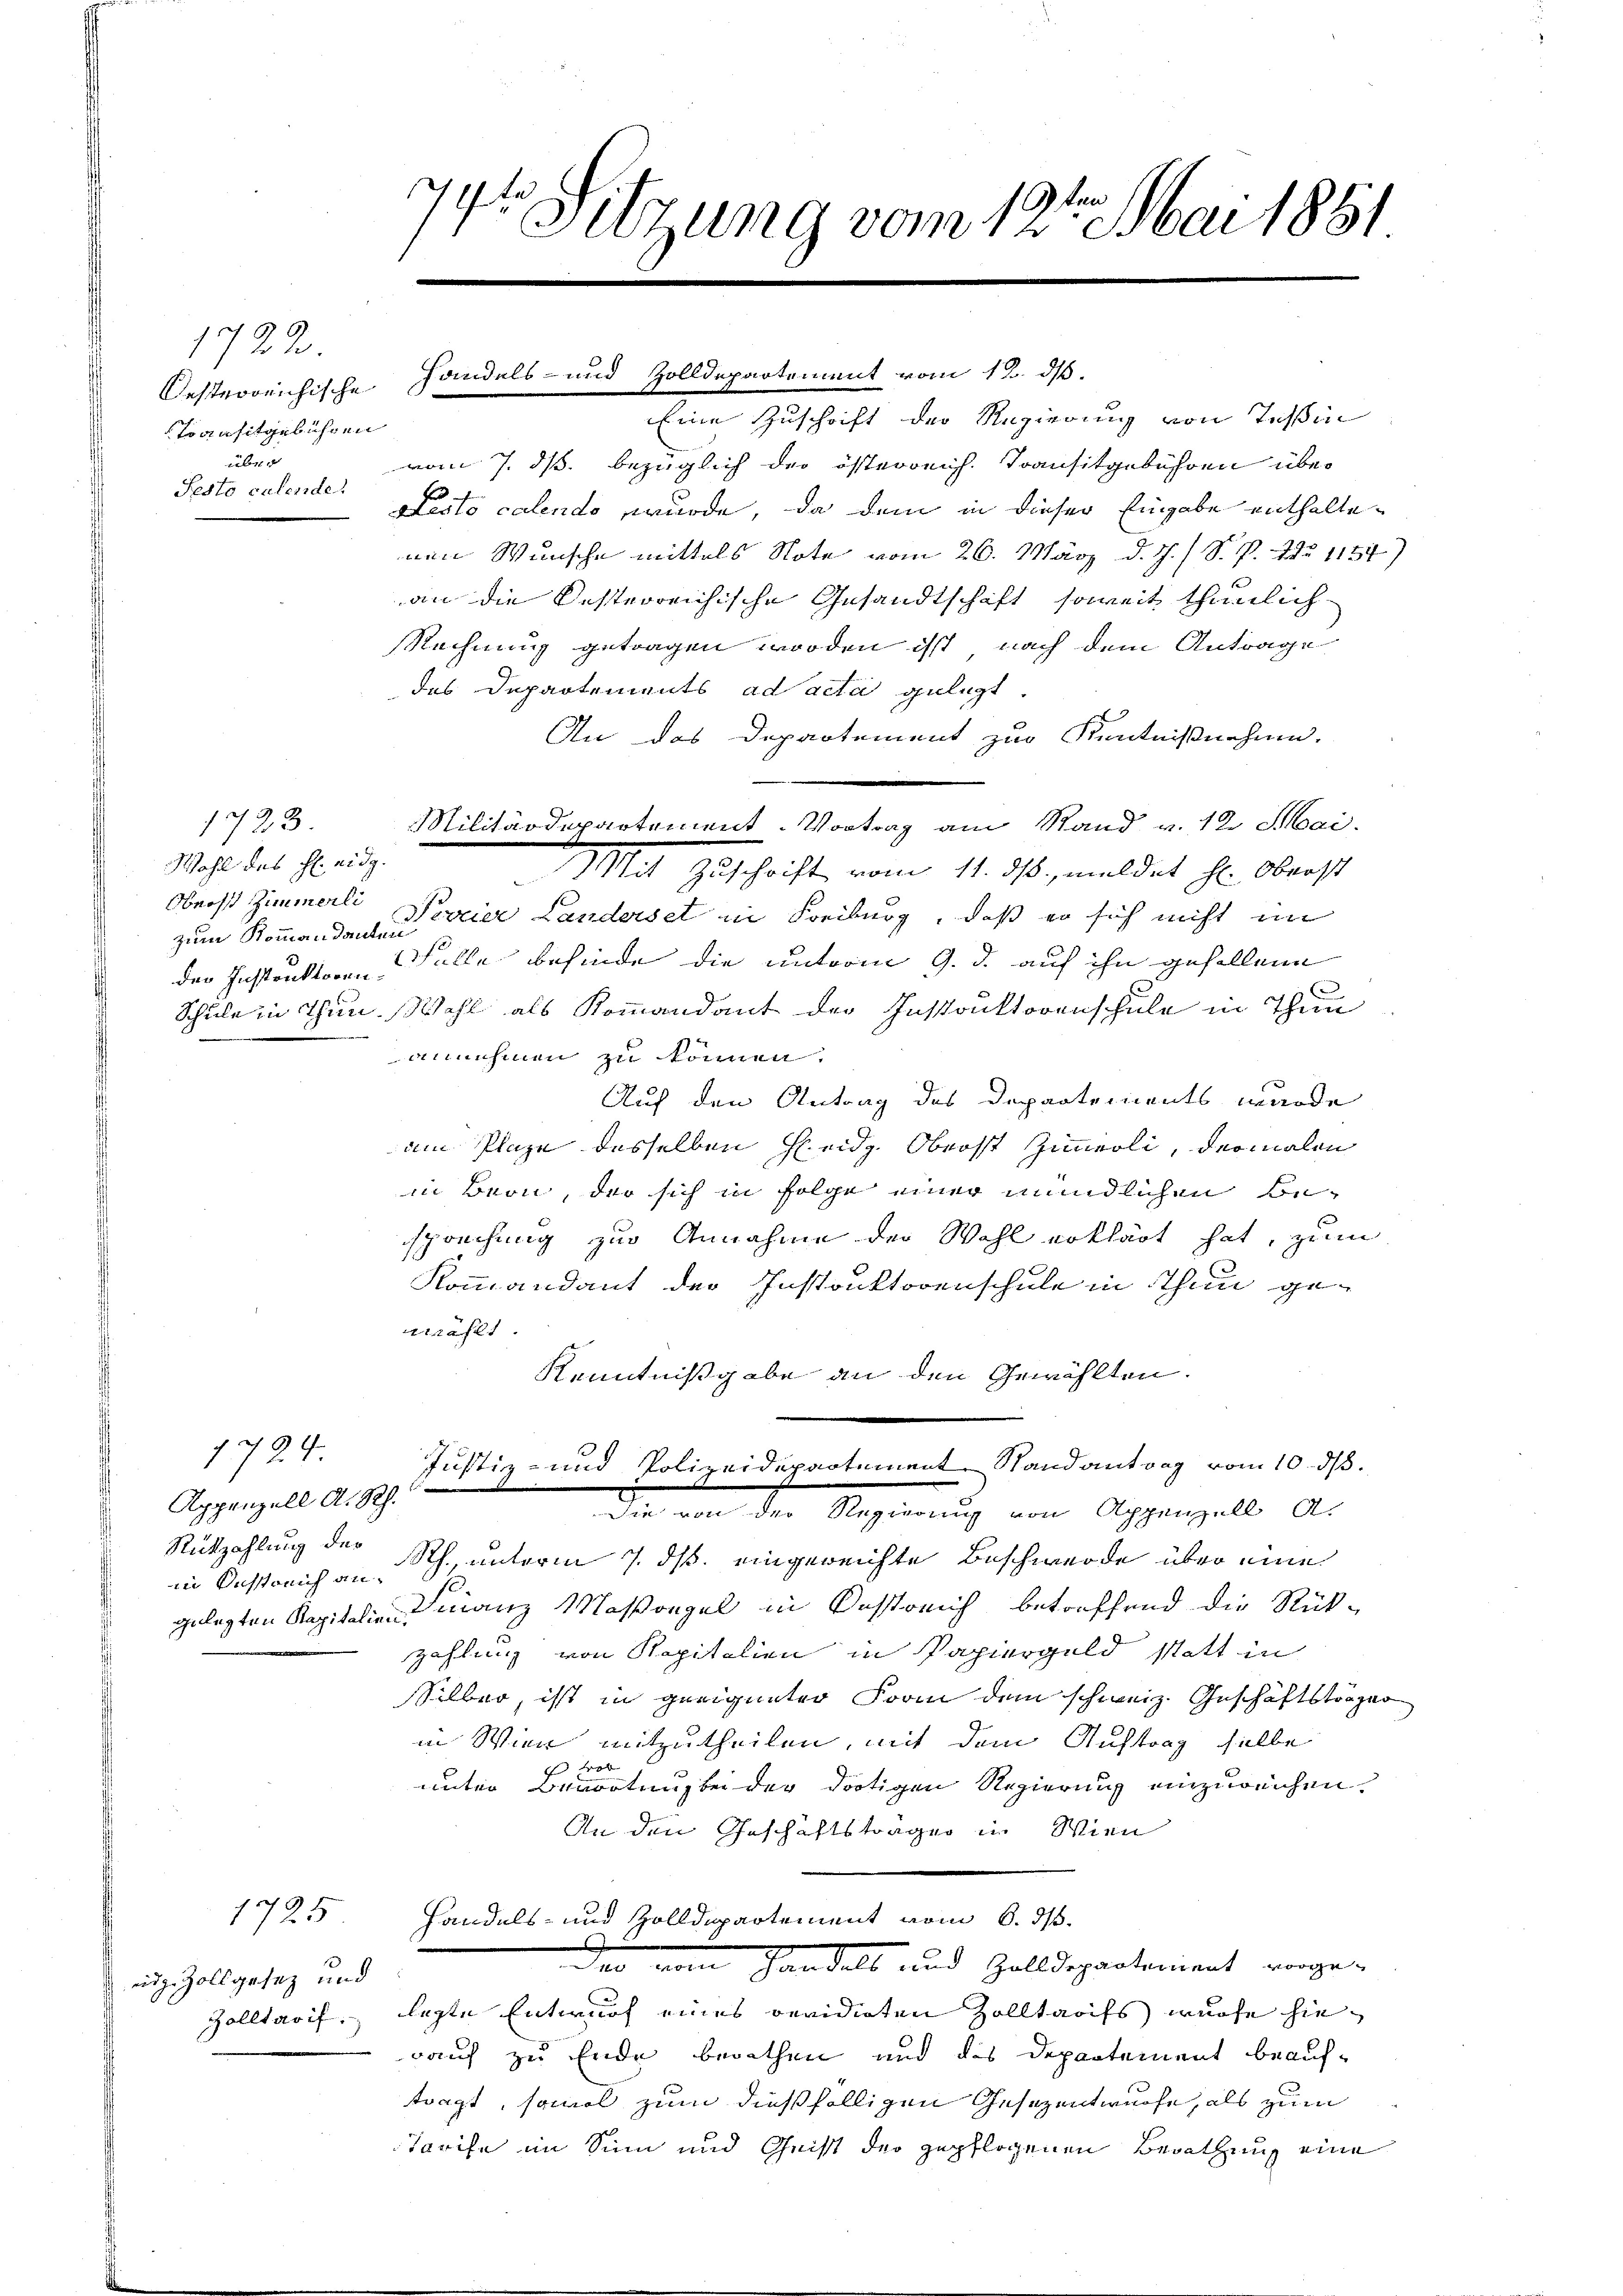
1722
Oesterreichische
Transitgebühren
über
Pesto calende

Wahl des Hl. eidg.
Oberst Zimmerli
der Instruktoren.

Appenzell A. Rh.
Rükzahlung der

1724.

1725

eide Zollgesez und
Zolltarif.

ten
7
4te Sitzung vom 12. Mai 1881

Eine Zuschrift der Regierung von Teßin
vom 7. ds. bezüglich der österreich. Transitgebühren über
Nesto calendo wurde, da dem in dieser Eingabe enthaltenen Wunsche mittels Note vom 26. März d. J. / S. P. Nr. 1154
an die desterreichische Gesandtschaft, soweit thunlich
Rechnung getragen worden ist, nach dem Antrage
des Departements ad acta gelegt.
An das Departement zur Kenntnißnahme.
1723. Militärdepartement-Vortrag am Stand v. 12. Mai.
Mit Zuschrift vom 11. ds., meldet hl. Oberst
zum Kommandante vier Landerset in Freiburg, daß er sich nicht im
Wolle befinde die unterm 9. d. auf ihn gefallene
Schule in Thun. Wahl als Kommandant der Instanktorenschule in Thun
annehmen zu können.
Auf den Antrag des Departements wurde
am Plaze desselben Heidg. Oberst Zimmerli, dermalen
in Bern, der sich in Folge einer mündlichen Bes
sprechung zur Annahme der Wahl erklärt hat, zum
Kommandant der Instruktorenschule in Thun gewählt.
Kenntnißgabe an den Gewählten.
Justiz- und Polizeidepartement Randantrag vom 10. ds.
Die von der Regierung von Appenzell als
in Bestreich an Rh., unterm 7. ds. eingereichte Beschwerde über eine
gelegten Kapitalien manz Maßregel in Bestreich betreffend die Rück-
zahlung von Kapitalien in Papiergeld statt in
Silber, ist in geeigneter Form dem schweiz. Geschäftskörper
in Wien mitzutheilen, mit dem Auftrag selbe
l
unter Benortung bei der dortigen Regierung einzureichen.
An den Geschäftsträger in Wien
Handels- und Zolldepartement vom 6. ds.
me
Der vom Handelt und Zolldepartement vorgelegte Entwurf eines revidirten Zolltarifs würfe hierauch zu Ende berathen und des Departement beauftragt, samel zum dießfälligen Gesezentwurfe, als zum
Tarife im Sinn und Geist der gepflogenen Berathung eine

Handels- und Zolldepartement vom 12. ds.